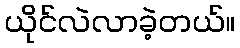
ယိုင်လဲလာခဲ့တယ်။